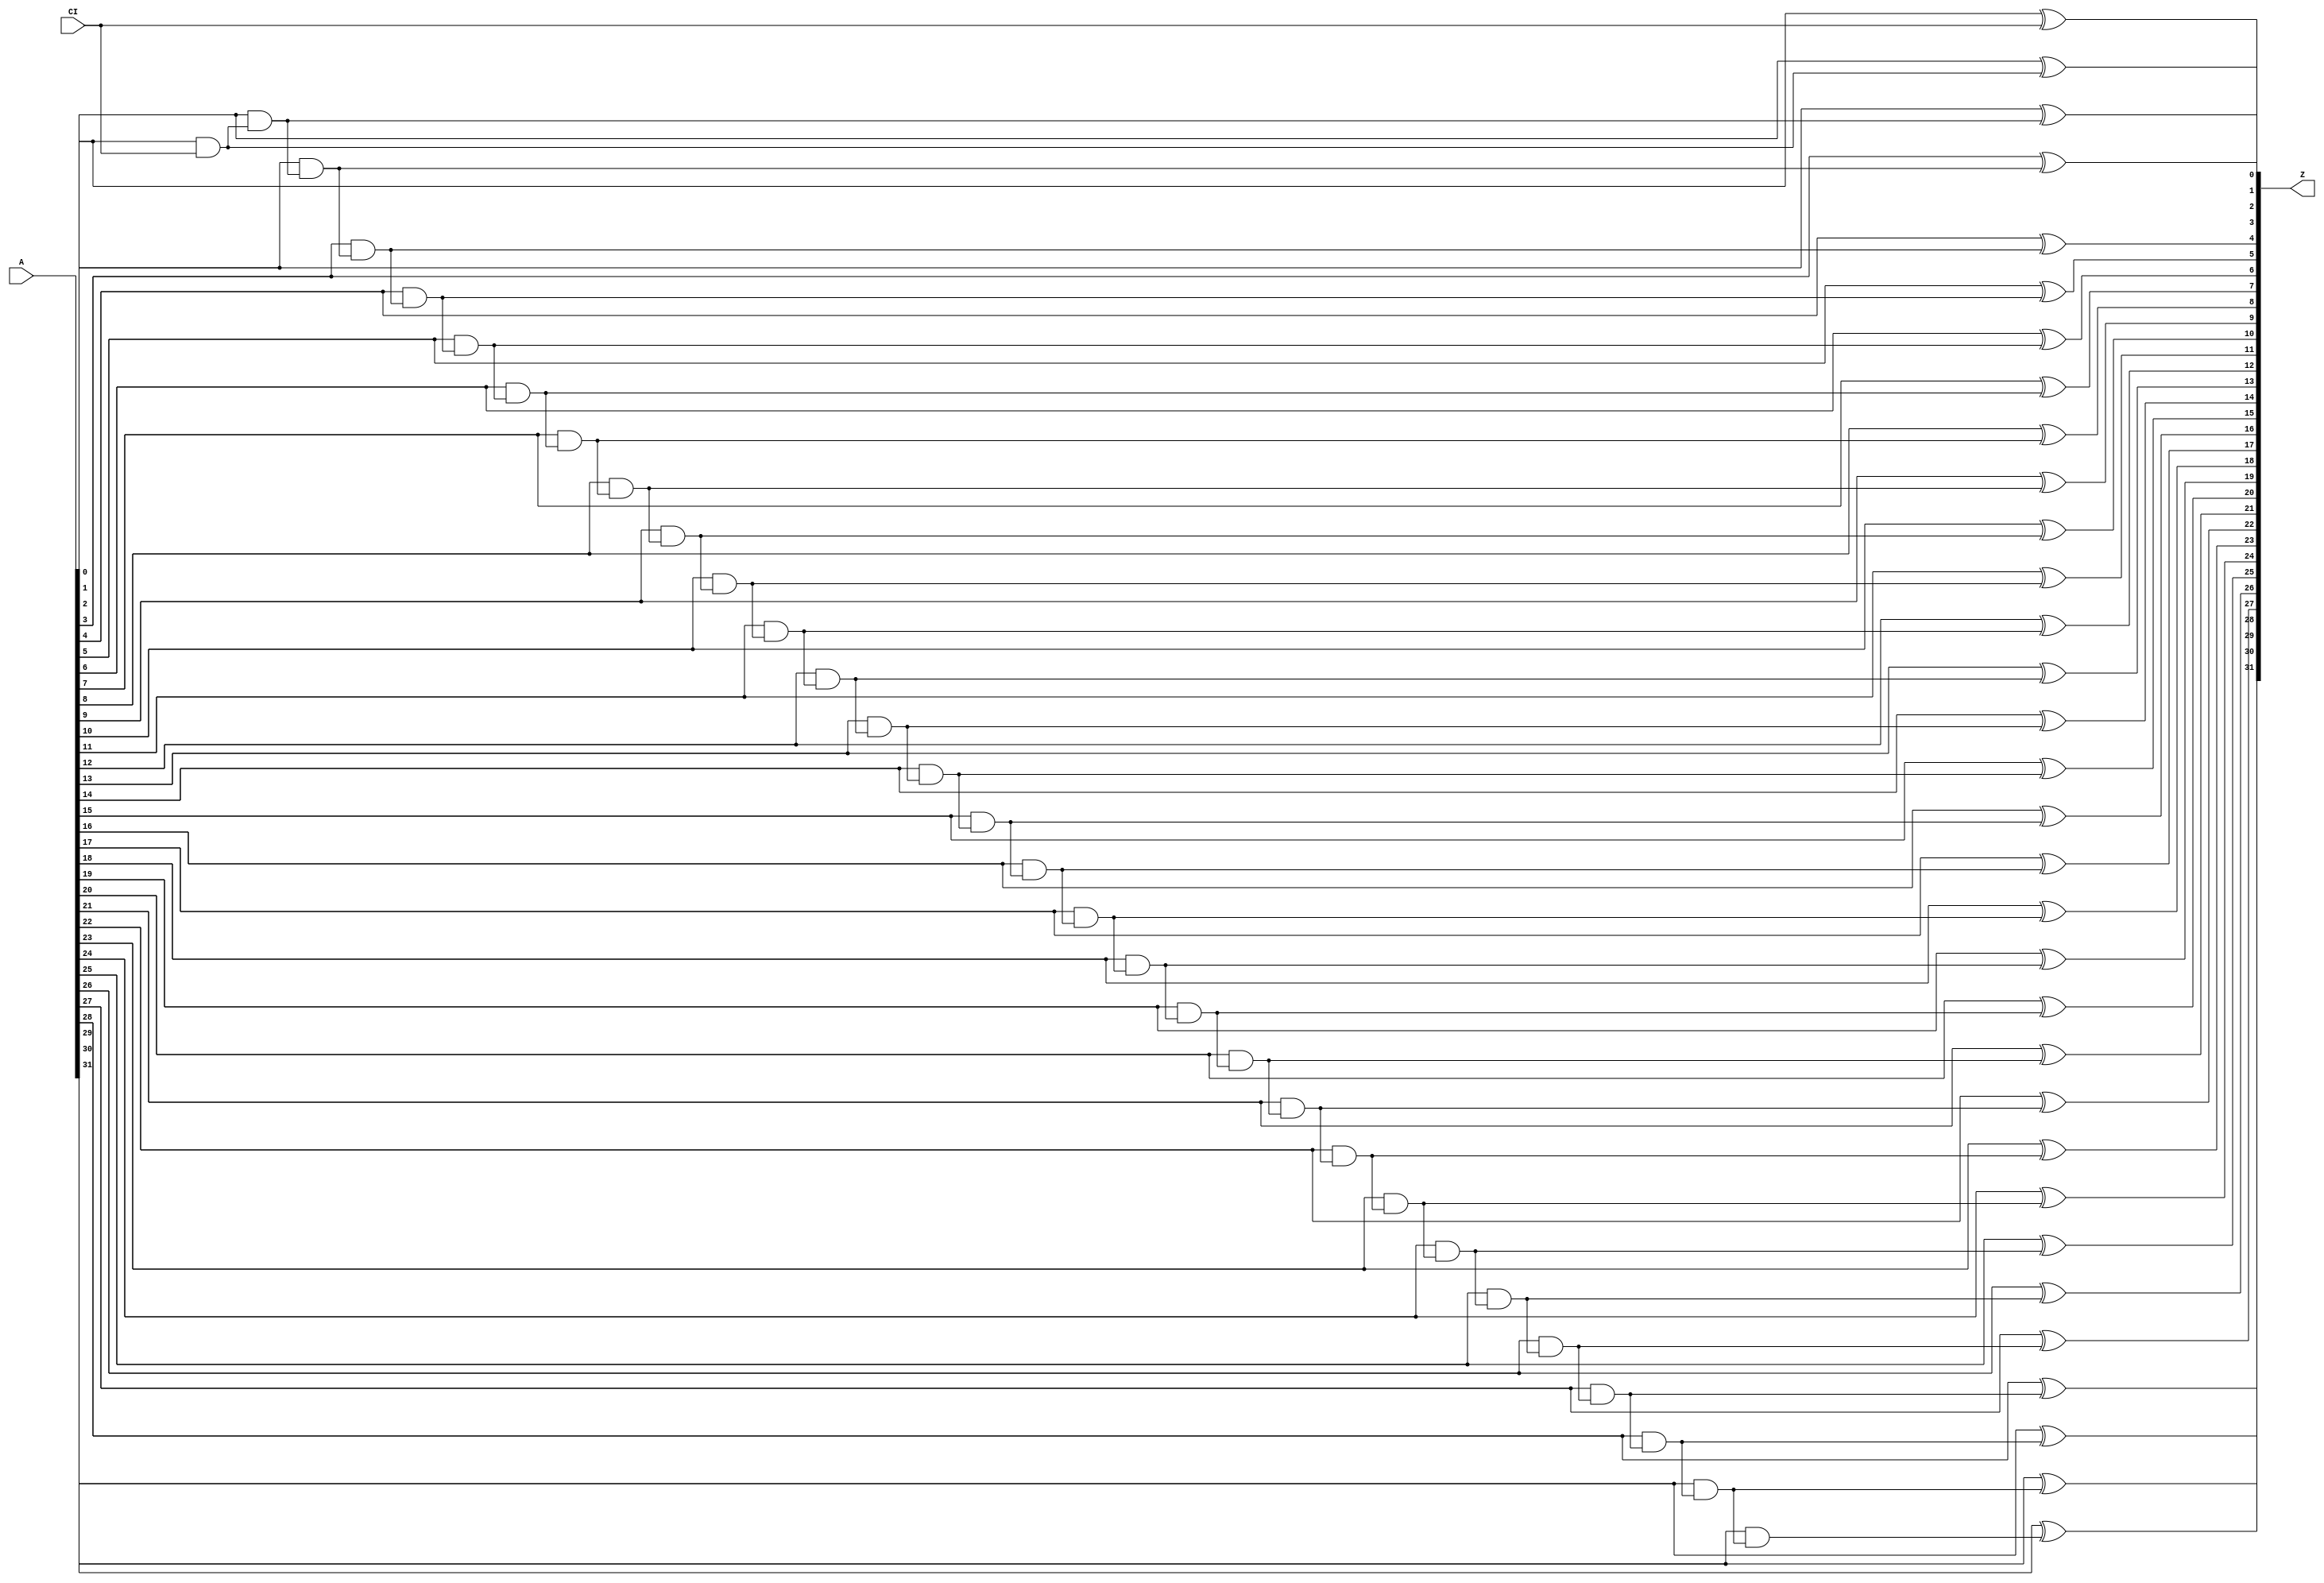
module increment_unsigned_GENERIC_REAL(A, CI, Z);
// synthesis_equation increment_unsigned
  input [31:0] A;
  input CI;
  output [31:0] Z;
  wire [31:0] A;
  wire CI;
  wire [31:0] Z;
  wire n_66, n_67, n_68, n_69, n_70, n_71, n_72, n_73;
  wire n_74, n_75, n_76, n_77, n_78, n_79, n_80, n_81;
  wire n_82, n_83, n_84, n_85, n_86, n_87, n_88, n_89;
  wire n_90, n_91, n_92, n_93, n_94, n_95, n_96;
  xor g1 (Z[0], A[0], CI);
  and g2 (n_66, A[0], CI);
  xor g32 (Z[1], A[1], n_66);
  and g33 (n_67, A[1], n_66);
  xor g34 (Z[2], A[2], n_67);
  and g35 (n_68, A[2], n_67);
  xor g36 (Z[3], A[3], n_68);
  and g37 (n_69, A[3], n_68);
  xor g38 (Z[4], A[4], n_69);
  and g39 (n_70, A[4], n_69);
  xor g40 (Z[5], A[5], n_70);
  and g41 (n_71, A[5], n_70);
  xor g42 (Z[6], A[6], n_71);
  and g43 (n_72, A[6], n_71);
  xor g44 (Z[7], A[7], n_72);
  and g45 (n_73, A[7], n_72);
  xor g46 (Z[8], A[8], n_73);
  and g47 (n_74, A[8], n_73);
  xor g48 (Z[9], A[9], n_74);
  and g49 (n_75, A[9], n_74);
  xor g50 (Z[10], A[10], n_75);
  and g51 (n_76, A[10], n_75);
  xor g52 (Z[11], A[11], n_76);
  and g53 (n_77, A[11], n_76);
  xor g54 (Z[12], A[12], n_77);
  and g55 (n_78, A[12], n_77);
  xor g56 (Z[13], A[13], n_78);
  and g57 (n_79, A[13], n_78);
  xor g58 (Z[14], A[14], n_79);
  and g59 (n_80, A[14], n_79);
  xor g60 (Z[15], A[15], n_80);
  and g61 (n_81, A[15], n_80);
  xor g62 (Z[16], A[16], n_81);
  and g63 (n_82, A[16], n_81);
  xor g64 (Z[17], A[17], n_82);
  and g65 (n_83, A[17], n_82);
  xor g66 (Z[18], A[18], n_83);
  and g67 (n_84, A[18], n_83);
  xor g68 (Z[19], A[19], n_84);
  and g69 (n_85, A[19], n_84);
  xor g70 (Z[20], A[20], n_85);
  and g71 (n_86, A[20], n_85);
  xor g72 (Z[21], A[21], n_86);
  and g73 (n_87, A[21], n_86);
  xor g74 (Z[22], A[22], n_87);
  and g75 (n_88, A[22], n_87);
  xor g76 (Z[23], A[23], n_88);
  and g77 (n_89, A[23], n_88);
  xor g78 (Z[24], A[24], n_89);
  and g79 (n_90, A[24], n_89);
  xor g80 (Z[25], A[25], n_90);
  and g81 (n_91, A[25], n_90);
  xor g82 (Z[26], A[26], n_91);
  and g83 (n_92, A[26], n_91);
  xor g84 (Z[27], A[27], n_92);
  and g85 (n_93, A[27], n_92);
  xor g86 (Z[28], A[28], n_93);
  and g87 (n_94, A[28], n_93);
  xor g88 (Z[29], A[29], n_94);
  and g89 (n_95, A[29], n_94);
  xor g90 (Z[30], A[30], n_95);
  and g91 (n_96, A[30], n_95);
  xor g92 (Z[31], A[31], n_96);
endmodule

module increment_unsigned_GENERIC(A, CI, Z);
  input [31:0] A;
  input CI;
  output [31:0] Z;
  wire [31:0] A;
  wire CI;
  wire [31:0] Z;
  increment_unsigned_GENERIC_REAL g1(.A (A), .CI (CI), .Z (Z));
endmodule